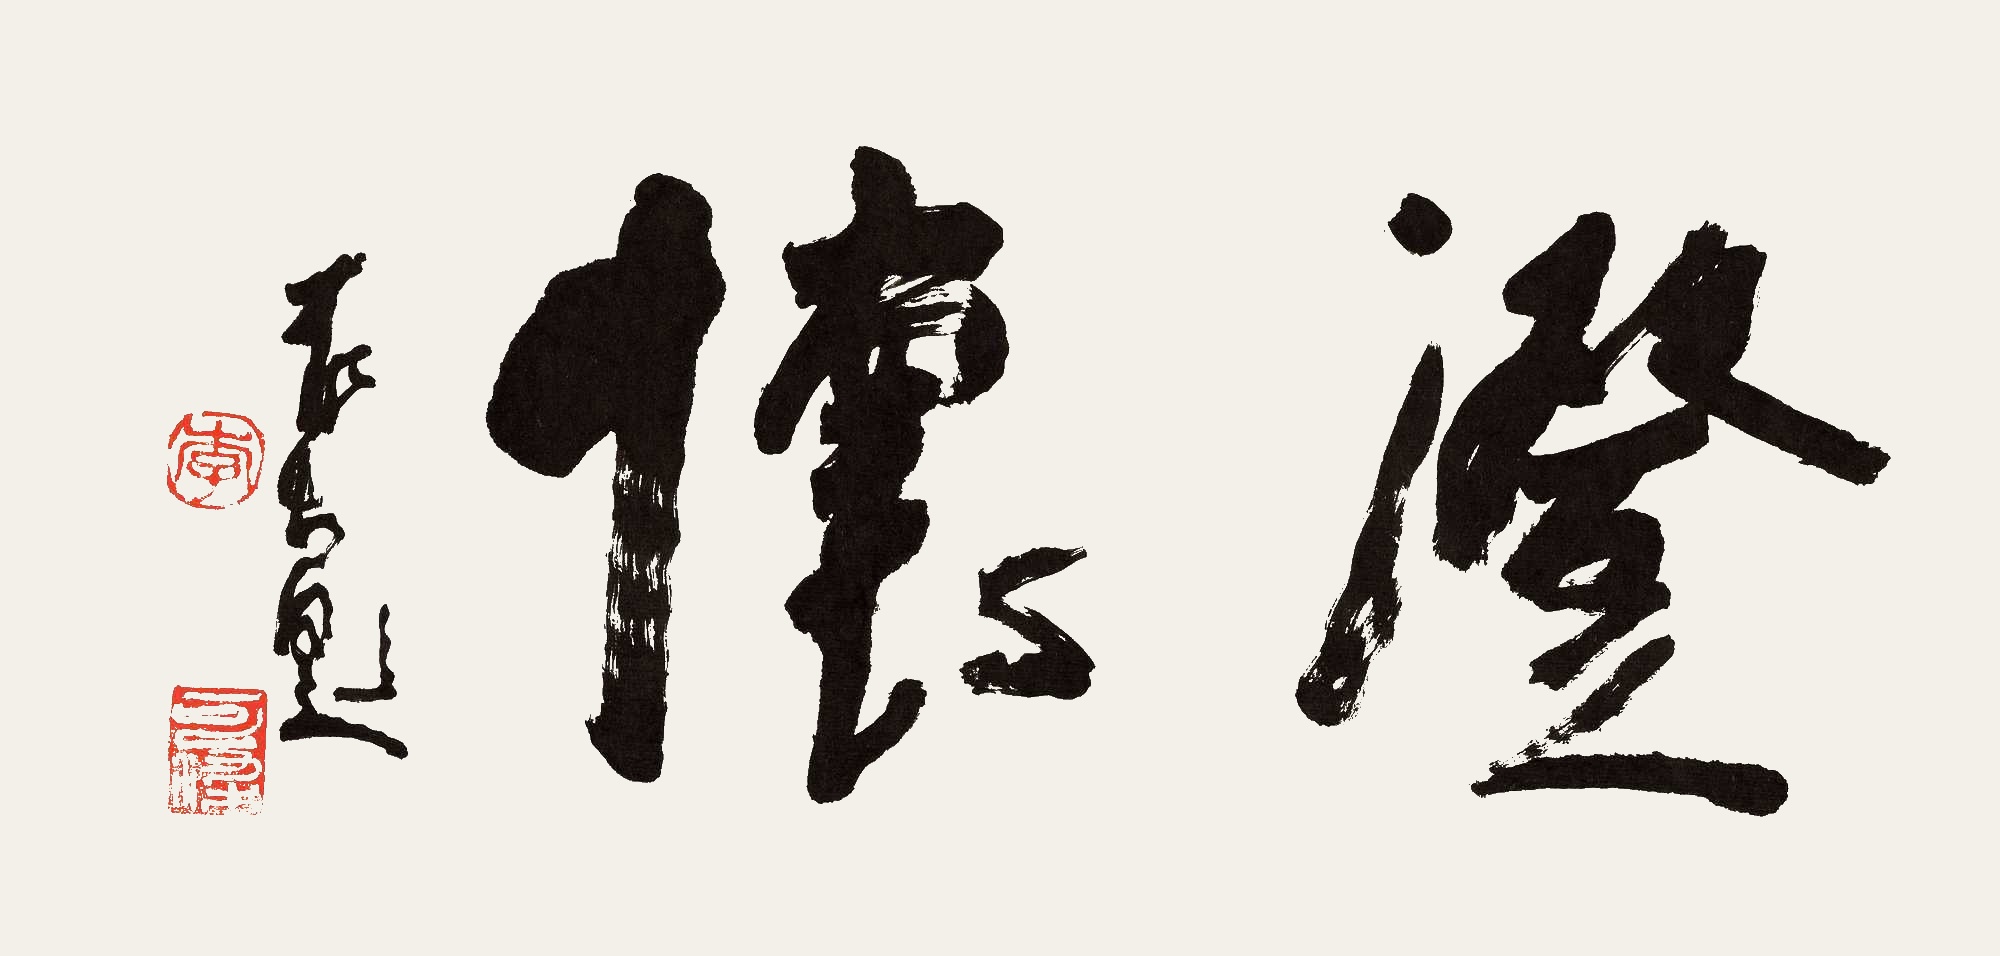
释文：澄怀可染题。